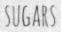
SUGARS